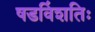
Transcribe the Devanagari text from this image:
षडविंशतिः